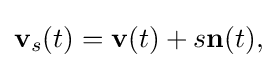
\displaystyle {\mathbf {v} _{s}(t)=\mathbf {v} (t)+s\mathbf {n} (t),}